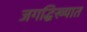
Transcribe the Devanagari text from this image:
जगद्धिख्यात